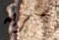
سريه